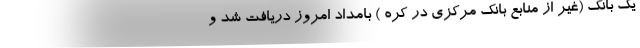
یک بانک (غیر از منابع بانک مرکزی در کره ) بامداد امروز دریافت شد و